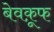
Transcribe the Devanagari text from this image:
बेवक़ूफ